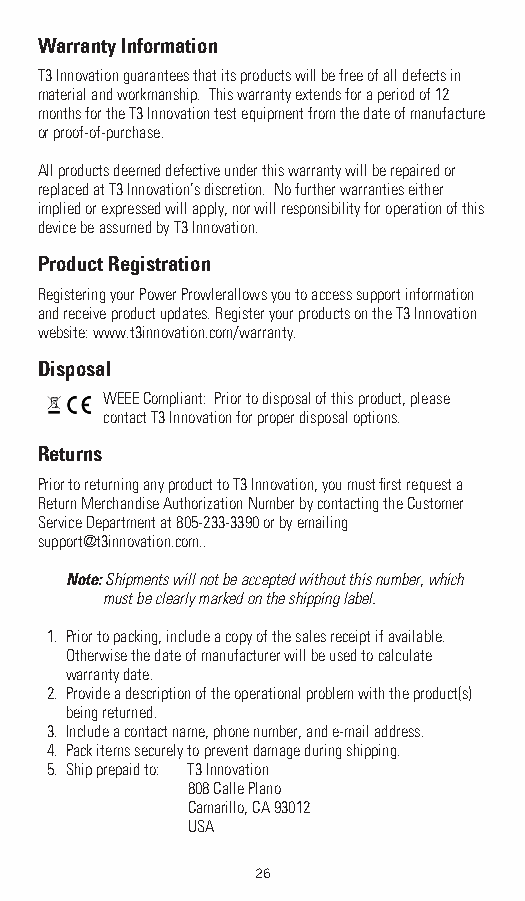
Warranty Information
 T3 Innovation guarantees that its products will be free of all defects in
 material and workmanship. This warranty extends for a period of 12
 months for the T3 Innovation test equipment from the date of manufacture
 or proof-of-purchase.
 All products deemed defective under this warranty will be repaired or
 replaced at T3 Innovation’s discretion. No further warranties either
 implied or expressed will apply, nor will responsibility for operation of this
 device be assumed by T3 Innovation.
 Product Registration
 Registering your Power Prowlerallows you to access support information
 and receive product updates. Register your products on the T3 Innovation
 website: www.t3innovation.com/warranty.
 Disposal
 WEEE Compliant: Prior to disposal of this product, please
 contact T3 Innovation for proper disposal options.
 Returns
 Prior to returning any product to T3 Innovation, you must fi rst request a
 Return Merchandise Authorization Number by contacting the Customer
 Service Department at 805-233-3390 or by emailing
 support@t3innovation.com..
 Note: Shipments will not be accepted without this number, which
 must be clearly marked on the shipping label.
 1. Prior to packing, include a copy of the sales receipt if available.
 Otherwise the date of manufacturer will be used to calculate
 warranty date.
 2. Provide a description of the operational problem with the product(s)
 being returned.
 3. Include a contact name, phone number, and e-mail address.
 4. Pack items securely to prevent damage during shipping.
 5. Ship prepaid to: T3 Innovation
 808 Calle Plano
 Camarillo, CA 93012
 USA
 26